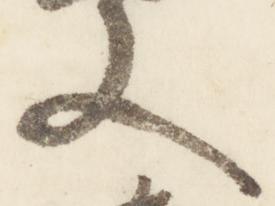
文